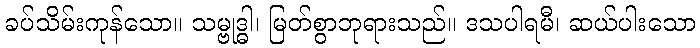
ခပ်သိမ်းကုန်သော။ သမ္ဗုဒ္ဓါ၊ မြတ်စွာဘုရားသည်။ ဒသပါရမီ၊ ဆယ်ပါးသော